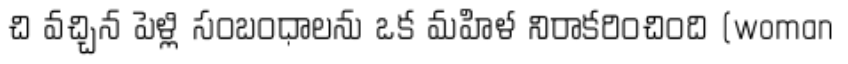
చి వచ్చిన పెళ్లి సంబంధాలను ఒక మహిళ నిరాకరించింది (woman